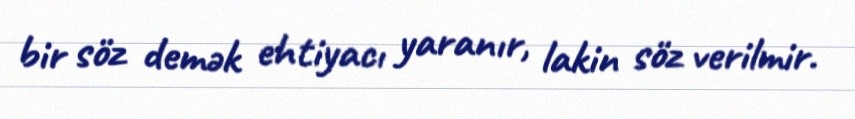
bir söz demək ehtiyacı yaranır, lakin söz verilmir.